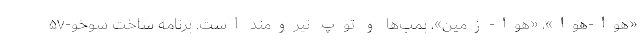
«هوا-هوا»، «هوا-زمین»، بمب‌ها و توپ نیرومند است. برنامه ساخت سوخو-۵۷